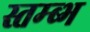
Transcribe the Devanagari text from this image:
स्तम्ब्भ